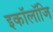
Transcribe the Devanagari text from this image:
इकॉलॉजि